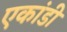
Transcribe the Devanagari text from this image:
एकांडी